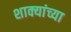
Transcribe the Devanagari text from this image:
शाक्यांच्या